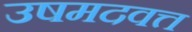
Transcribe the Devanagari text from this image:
उषमदवत्त